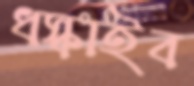
ধস্‌কাইব